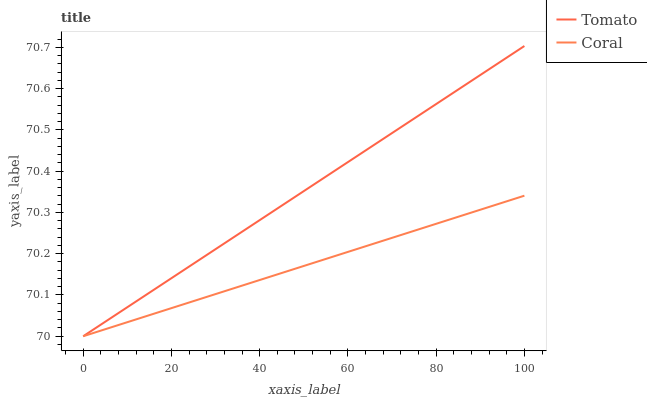
| xaxis_label | Tomato | Coral |
 | --- | --- | --- |
 | 0 | 70 | 70 |
 | 20 | 70.1 | 70.1 |
 | 40 | 70.3 | 70.1 |
 | 60 | 70.4 | 70.2 |
 | 80 | 70.6 | 70.3 |
 | 100 | 70.7 | 70.3 |